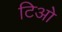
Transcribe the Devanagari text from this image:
टिओ